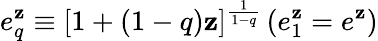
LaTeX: e_{q}^{\mathbf{z}}\equiv[1+(1-q)\mathbf{z}]^{\frac{{1}}{{1-q}}}\, (e_{1}^{\mathbf{z}}=e^{\mathbf{z}})